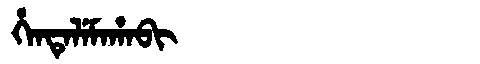
Manchu: ᡥᡝᠨᡨᡝᠯᡝᠮᠠᡥᠠᠪᡳ
Romanization: HENTELEMAHABI